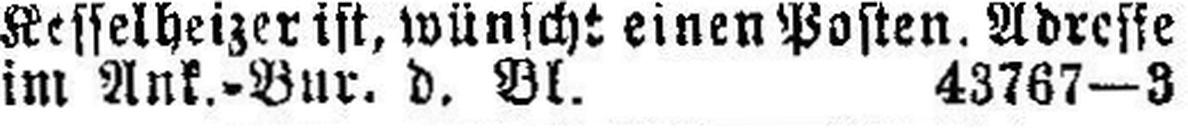
im Ank.=Bur. d. Bl. 43767—3